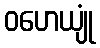
ဝဟေယျုံ